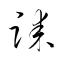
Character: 誄